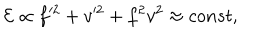
{ \cal E } \propto f ^ { 2 } + v ^ { 2 } + f ^ { 2 } v ^ { 2 } \approx c o n s t ,